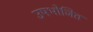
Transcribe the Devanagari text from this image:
उपभोजित